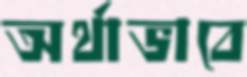
অর্থাভাবে